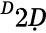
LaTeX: ^Ḋ2Ḍ